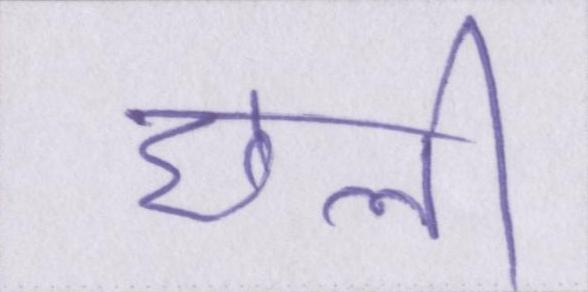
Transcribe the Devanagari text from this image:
छली